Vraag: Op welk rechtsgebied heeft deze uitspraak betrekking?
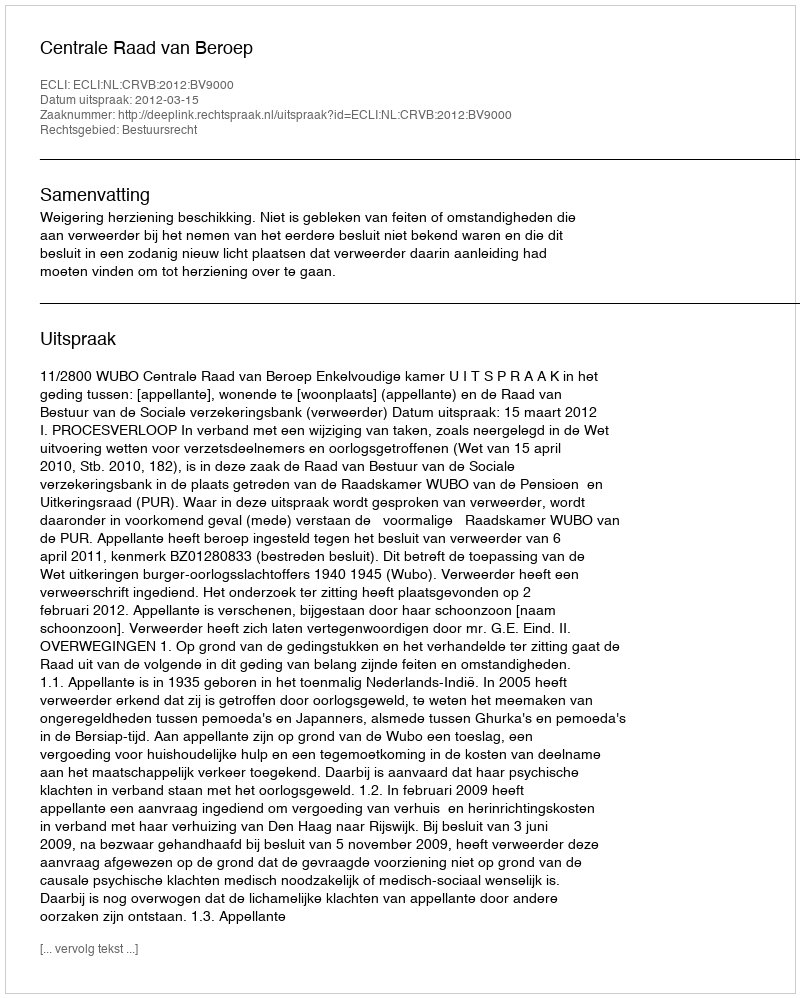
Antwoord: Bestuursrecht